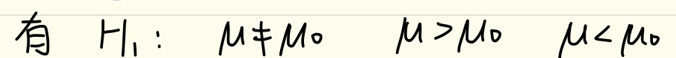
有 \(H_1:\ \mu \neq \mu_0\ \ \mu > \mu_0\ \ \mu < \mu_0\)